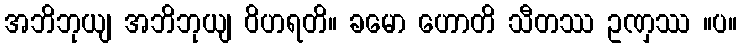
အဘိဘုယျ အဘိဘုယျ ဝိဟရတိ။ ခမော ဟောတိ သီတဿ ဥဏှဿ ။ပ။